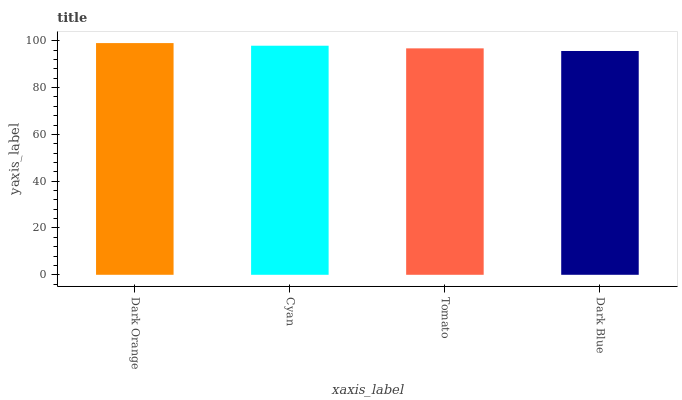
| xaxis_label | bars |
 | --- | --- |
 | Dark Orange | 99 |
 | Cyan | 97.9 |
 | Tomato | 96.7 |
 | Dark Blue | 95.6 |